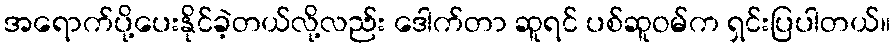
အရောက်ပို့ပေးနိုင်ခဲ့တယ်လို့လည်း ဒေါက်တာ ဆူရင် ပစ်ဆူဝမ်က ရှင်းပြပါတယ်။